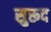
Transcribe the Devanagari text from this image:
सुरूद